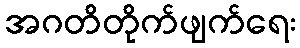
အဂတိတိုက်ဖျက်ရေး